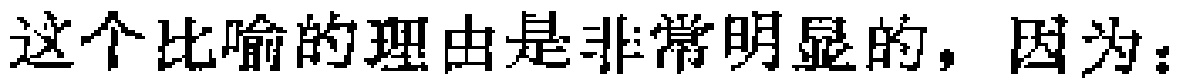
这个比喻的理由是非常明显的，因为：